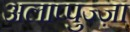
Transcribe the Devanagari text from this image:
अलाप्पुज्ज़ा